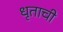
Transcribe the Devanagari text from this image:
धृताची